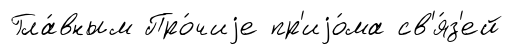
Гла́вным Про́чиjе пр'иjо́ма св'я́з'ей